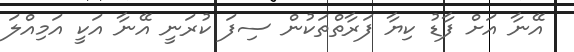
އޭނާ އަށް ފާޑު ކިޔާ ފަރާތްތަކުން ސިފަ ކުރަނީ އޭނާ އަކީ އަމިއްލަ